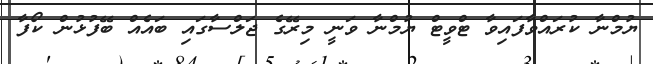
ޔުމްނާ ކުރައްވާފައިވާ ޓްވީޓް ޔުމްނާ ވަނީ މިރޭގެ ޖަލްސާގައި ބައެއް ބޭފުޅުން ކޯފާ